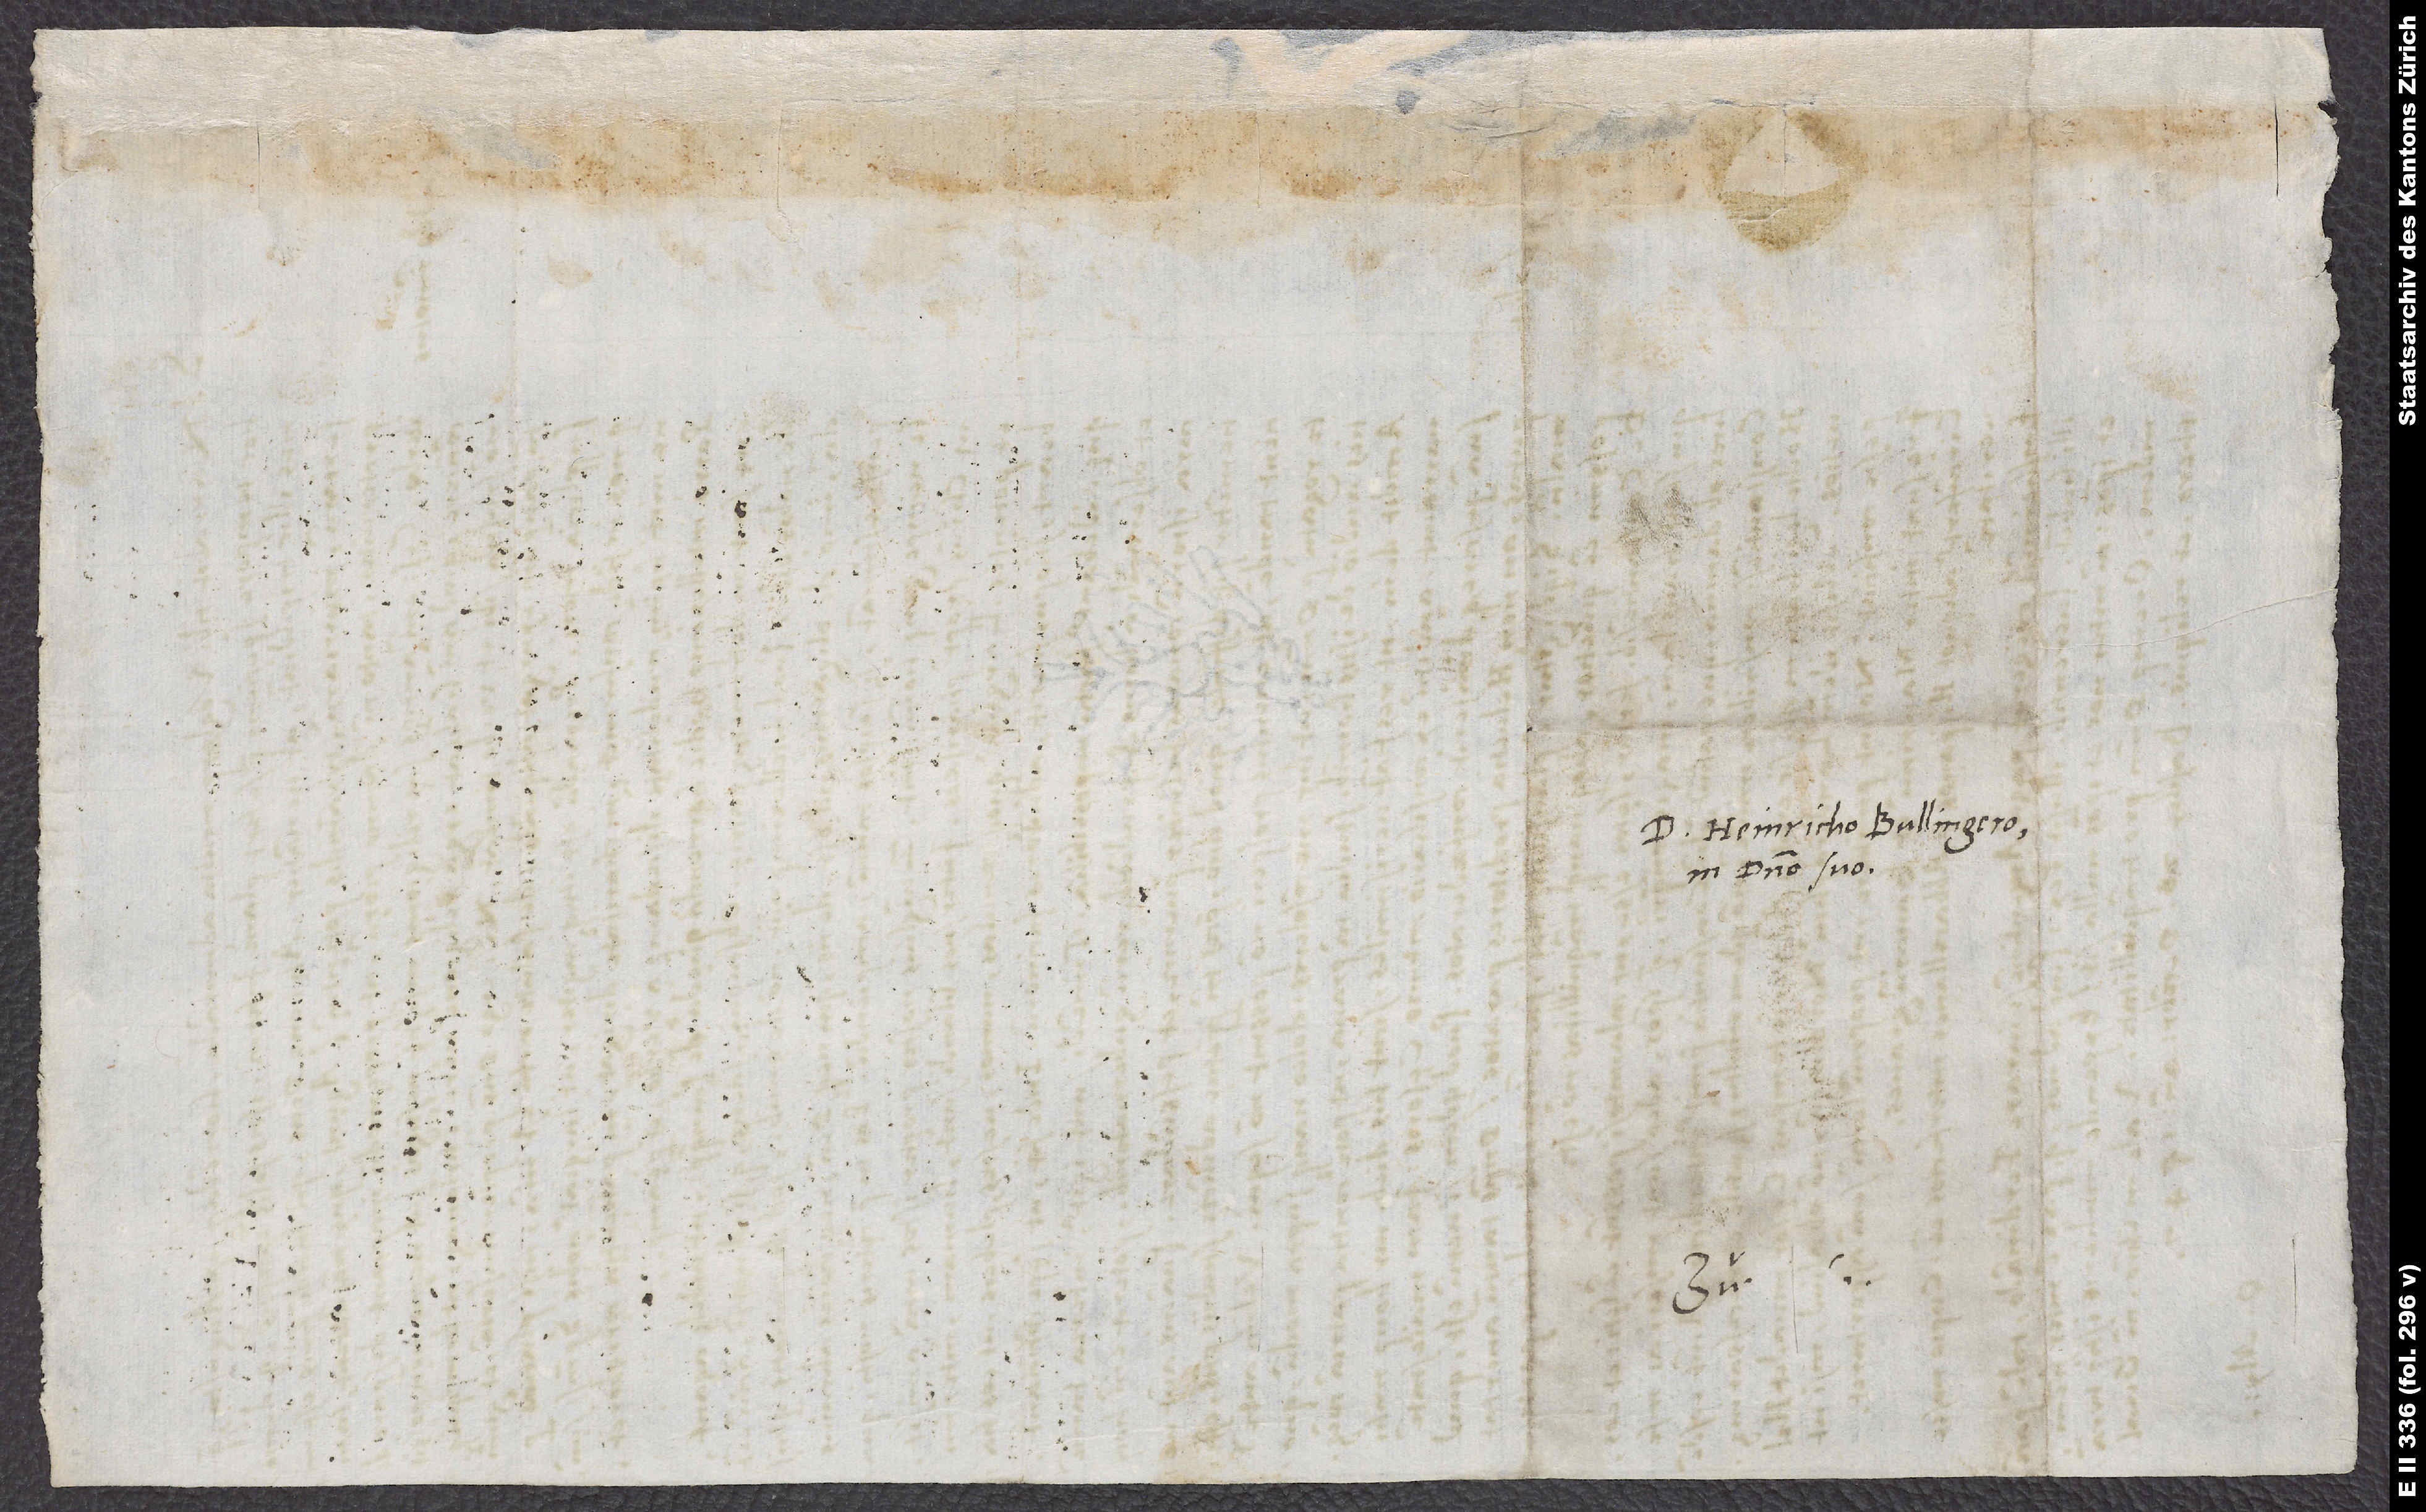
D. Heinricho Bullingero
in domino suo.